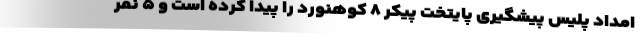
امداد پلیس پیشگیری پایتخت پیکر ۸ کوهنورد را پیدا کرده است و ۵ نفر